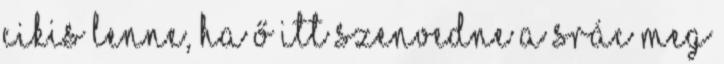
cikis lenne, ha ő itt szenvedne a srác meg